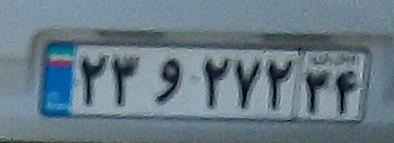
۳۲و۲۷۲۳۴